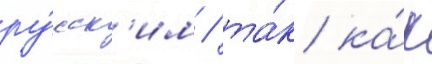
ру́сск'им / та́к ка́к